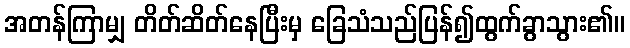
အတန်ကြာမျှ တိတ်ဆိတ်နေပြီးမှ ခြေသံသည်ပြန်၍ထွက်ခွာသွား၏။